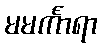
မမင်္ကာရာ